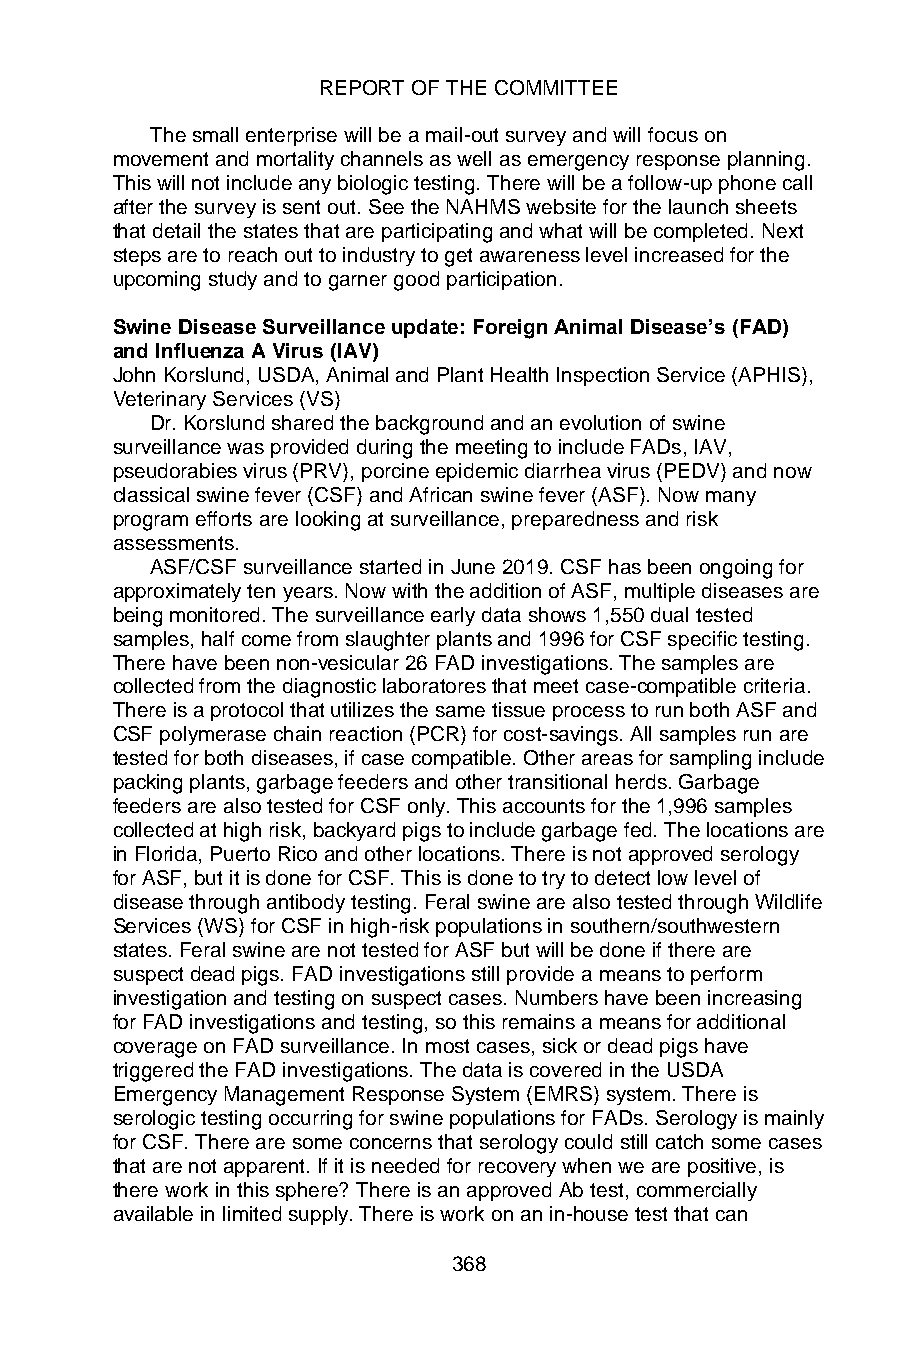
REPORT OF THE COMMITTEE
 The small enterprise will be a mail-out survey and will focus on
 movement and mortality channels as well as emergency response planning.
 This will not include any biologic testing. There will be a follow-up phone call
 after the survey is sent out. See the NAHMS website for the launch sheets
 that detail the states that are participating and what will be completed. Next
 steps are to reach out to industry to get awareness level increased for the
 upcoming study and to garner good participation.
 Swine Disease Surveillance update: Foreign Animal Disease’s (FAD)
 and Influenza A Virus (IAV)
 John Korslund, USDA, Animal and Plant Health Inspection Service (APHIS),
 Veterinary Services (VS)
 Dr. Korslund shared the background and an evolution of swine
 surveillance was provided during the meeting to include FADs, IAV,
 pseudorabies virus (PRV), porcine epidemic diarrhea virus (PEDV) and now
 classical swine fever (CSF) and African swine fever (ASF). Now many
 program efforts are looking at surveillance, preparedness and risk
 assessments.
 ASF/CSF surveillance started in June 2019. CSF has been ongoing for
 approximately ten years. Now with the addition of ASF, multiple diseases are
 being monitored. The surveillance early data shows 1,550 dual tested
 samples, half come from slaughter plants and 1996 for CSF specific testing.
 There have been non-vesicular 26 FAD investigations. The samples are
 collected from the diagnostic laboratores that meet case-compatible criteria.
 There is a protocol that utilizes the same tissue process to run both ASF and
 CSF polymerase chain reaction (PCR) for cost-savings. All samples run are
 tested for both diseases, if case compatible. Other areas for sampling include
 packing plants, garbage feeders and other transitional herds. Garbage
 feeders are also tested for CSF only. This accounts for the 1,996 samples
 collected at high risk, backyard pigs to include garbage fed. The locations are
 in Florida, Puerto Rico and other locations. There is not approved serology
 for ASF, but it is done for CSF. This is done to try to detect low level of
 disease through antibody testing. Feral swine are also tested through Wildlife
 Services (WS) for CSF in high-risk populations in southern/southwestern
 states. Feral swine are not tested for ASF but will be done if there are
 suspect dead pigs. FAD investigations still provide a means to perform
 investigation and testing on suspect cases. Numbers have been increasing
 for FAD investigations and testing, so this remains a means for additional
 coverage on FAD surveillance. In most cases, sick or dead pigs have
 triggered the FAD investigations. The data is covered in the USDA
 Emergency Management Response System (EMRS) system. There is
 serologic testing occurring for swine populations for FADs. Serology is mainly
 for CSF. There are some concerns that serology could still catch some cases
 that are not apparent. If it is needed for recovery when we are positive, is
 there work in this sphere? There is an approved Ab test, commercially
 available in limited supply. There is work on an in-house test that can
 368